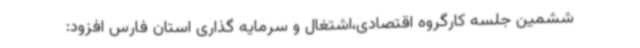
ششمین جلسه کارگروه اقتصادی،اشتغال و سرمایه گذاری استان فارس افزود: